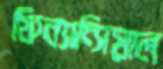
ফিন্যান্সিয়াল